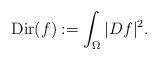
LaTeX: \begin{align*}\textup{Dir}(f) := \int_{\Omega} |Df|^2.\end{align*}